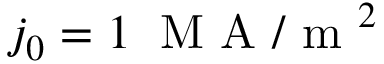
j _ { 0 } = 1 \; \mathrm { ~ M ~ A ~ / ~ m ~ } ^ { 2 }